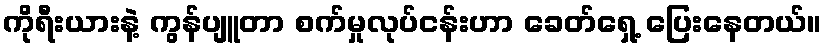
ကိုရီးယားနဲ့ ကွန်ပျူတာ စက်မှုလုပ်ငန်းဟာ ခေတ်ရှေ့ ပြေးနေတယ်။